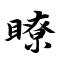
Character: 瞭